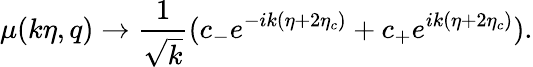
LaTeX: \mu(k\eta,q)\rightarrow\frac{1}{\sqrt{k}}(c_{-}e^{-ik(\eta+2\eta_{c})}+c_{+}e^{ik(\eta+2\eta_{c})}).